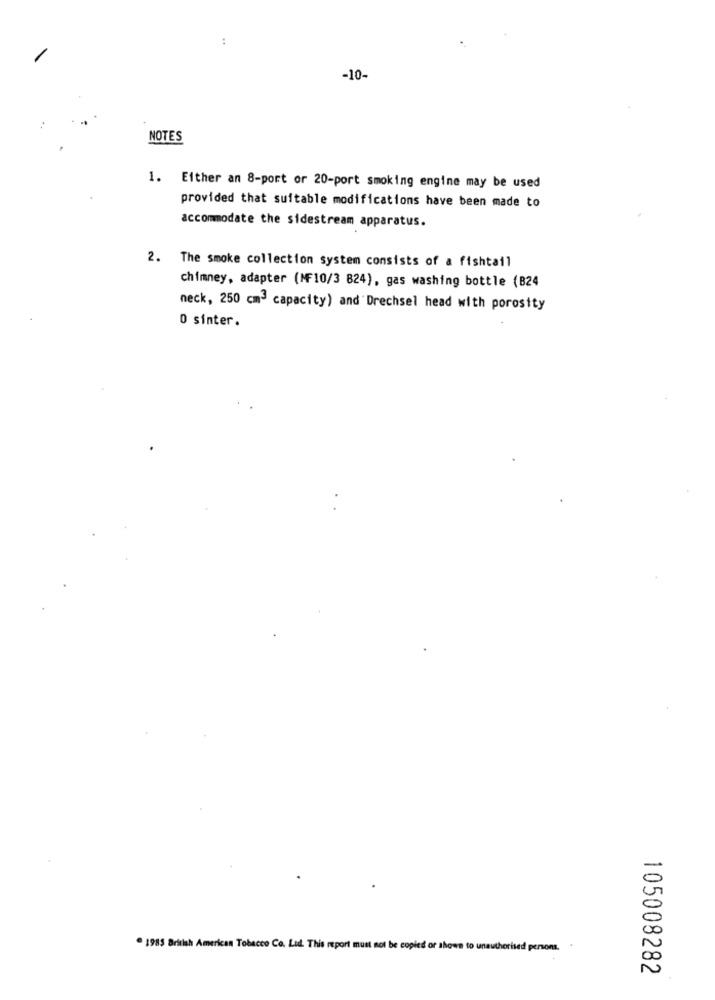
..
-10-
NOTES
1. Either an 8-port or 20-port smoking engine may be used
provided that suitable modifications have been made to
accommodate the sidestream apparatus.
2. The smoke collection system consists of a fishtail
chimney, adapter (MF10/3 824), gas washing bottle (B24
neck, 250 cm3 capacity) and Drechsel head with porosity
0 sinter.
. 1985 British American Tobacco Co. Ltd. This report must not be copied or shows to unauthorised persons. .
105008282